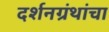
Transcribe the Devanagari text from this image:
दर्शनग्रंथांचा